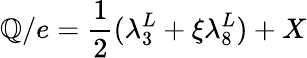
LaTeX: {\cal\mathbb{Q}}/e=\frac{{1}}{{2}}(\lambda_{3}^{L}+\xi\lambda_{8}^{L})+X